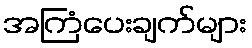
အကြံပေးချက်များ